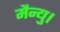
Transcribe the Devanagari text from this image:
मैन्यु।